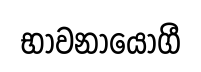
භාවනායෝගී